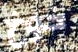
خوخ